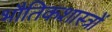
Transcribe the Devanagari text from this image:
भौतिकशास्त्रों